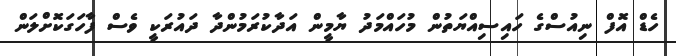
ހެޑް އޮފް ނިއުސްގެ ހައިސިއްޔަތުން މުހައްމަދު ޔާމީން އަދާކުރަމުންދާ ދައުރަކީ ވެސް ފާހަގަކޮށްލަން